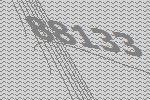
88133